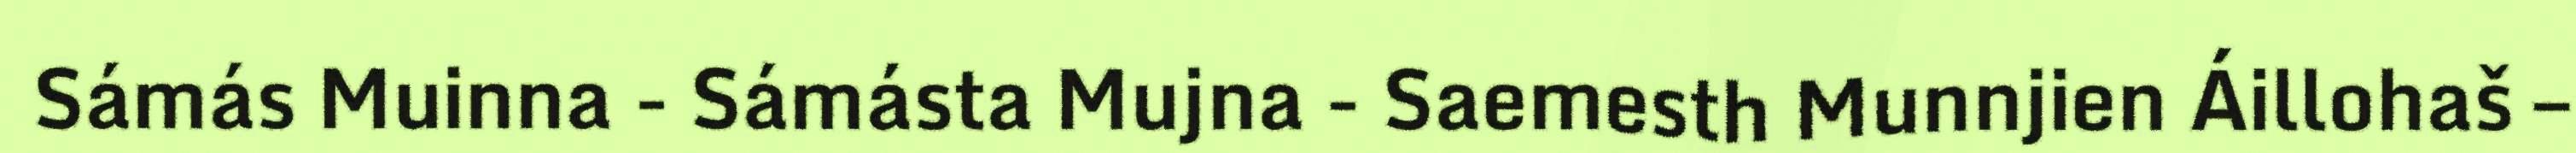
Sámás Muinna - Sámásta Mujna - Saemesth Munnjien Áillohaš –